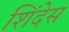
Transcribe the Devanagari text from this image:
शिंदेस